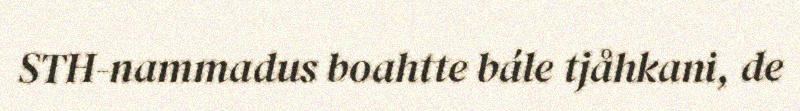
STH-nammadus boahtte bále tjåhkani, de